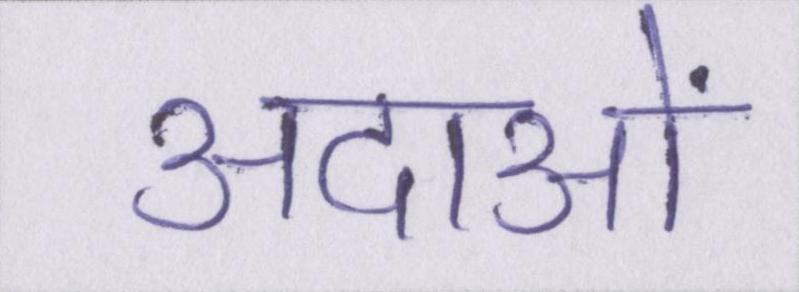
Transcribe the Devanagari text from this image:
अदाओं